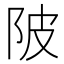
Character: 陂